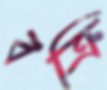
বক্রি